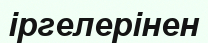
іргелерінен